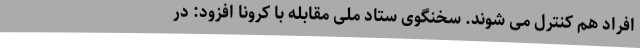
افراد هم کنترل می شوند. سخنگوی ستاد ملی مقابله با کرونا افزود: در